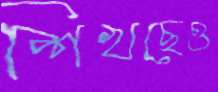
শিখছেও